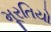
મૂરતિયો